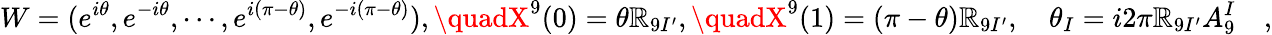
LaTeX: W=(e^{i\theta},e^{-i\theta},\cdots,e^{i(\pi-\theta)},e^{-i(\pi-\theta)}),\quadX^{9}(0)=\theta\mathbb{R}_{9I^{\prime}},\quadX^{9}(1)=(\pi-\theta)\mathbb{R}_{9I^{\prime}},\quad\theta_{I}=i2\pi\mathbb{R}_{9I^{\prime}}A_{9}^{I}\quad,